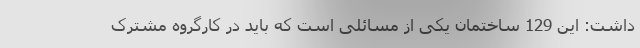
داشت: این 129 ساختمان یکی از مسائلی است که باید در کارگروه مشترک